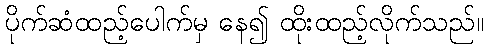
ပိုက်ဆံထည့်ပေါက်မှ နေ၍ ထိုးထည့်လိုက်သည်။